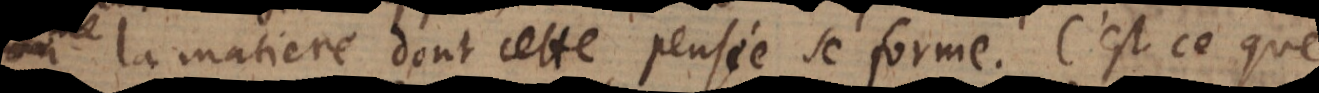
la matiere dont cette pensée se forme. C’est ce que